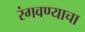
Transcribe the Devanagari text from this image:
रंगवण्याचा